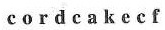
c o r d c a k e c f